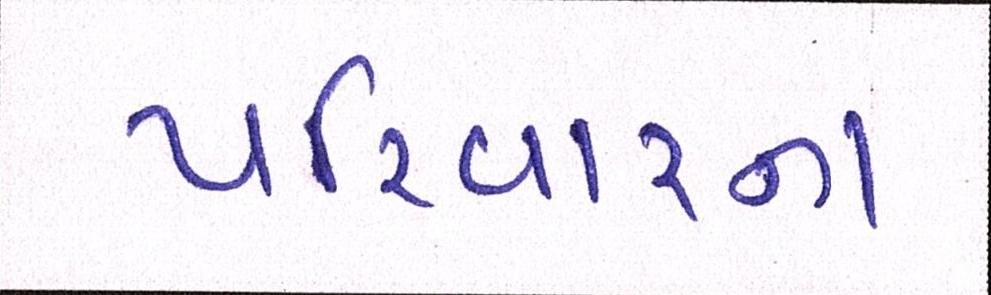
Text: પરિવારના